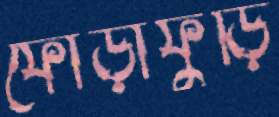
ফোঁড়াফুড়ি